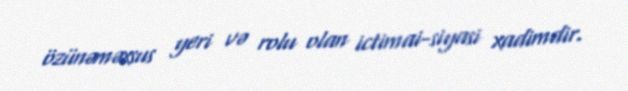
özünəməxsus yeri və rolu olan ictimai-siyasi xadimdir.